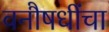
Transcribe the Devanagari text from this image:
वनौषधींचा